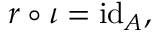
r \circ \iota = \operatorname { i d } _ { A } ,